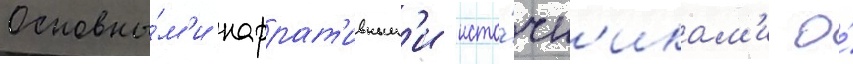
Основны́м'и наррат'ивным'и исто́чн'икам'и о́